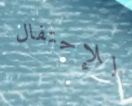
للإحتفال